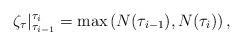
LaTeX: \begin{align*}\zeta_\tau|_{\tau_{i-1}}^{\tau_{i}} = \max\left(N(\tau_{i-1}), N(\tau_{i})\right),\end{align*}